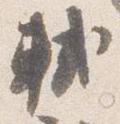
軾